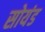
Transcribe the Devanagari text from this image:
सोयंड